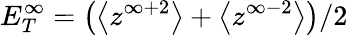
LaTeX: E_{T}^{\infty}=\big(\big<z^{\infty+2}\big>+\big<z^{\infty-2}\big>\big)/2